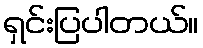
ရှင်းပြပါတယ်။